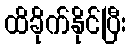
ထိခိုက်နိုင်ပြီး